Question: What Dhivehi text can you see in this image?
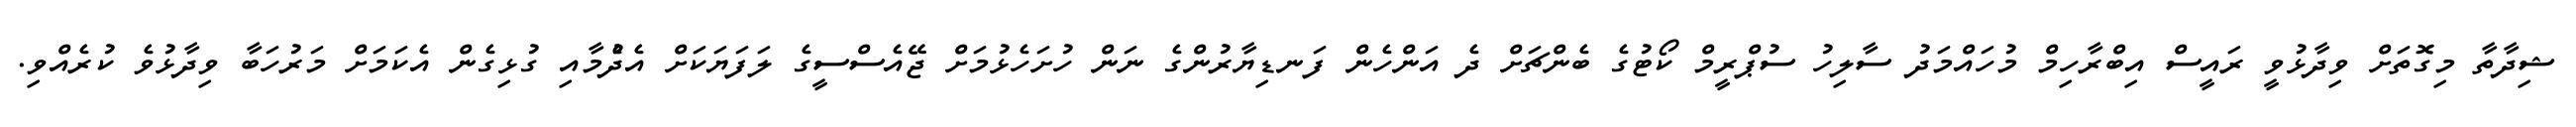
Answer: ޝިދާތާ މިގޮތަށް ވިދާޅުވީ ރައީސް އިބްރާހިމް މުހައްމަދު ސާލިހު ސުޕްރީމް ކޯޓުގެ ބެންޗަށް ދެ އަންހެން ފަނޑިޔާރުންގެ ނަން ހުށަހެޅުމަށް ޖޭއެސްސީގެ ލަފަޔަކަށް އެދެުމާއި ގުޅިގެން އެކަމަށް މަރުހަބާ ވިދާޅުވެ ކުރެއްވި.